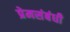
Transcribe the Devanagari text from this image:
प्रेमसंबंधी